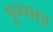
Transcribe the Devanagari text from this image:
मूळधर्म